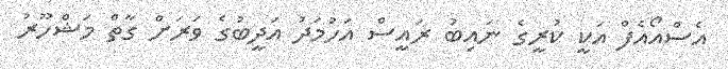
އެސްއޯއެފް އަކީ ކުރީގެ ނައިބު ރައީސް އަހުމަދު އަދީބުގެ ވަރަށް ގާތް މަޝްހޫރު